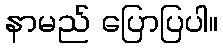
နာမည် ပြောပြပါ။